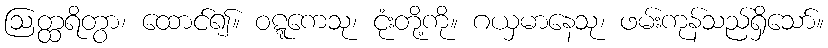
ဩတ္ထရိတွာ၊ ထောင်၍။ ဝဋ္ဋကေသု၊ ငုံးတို့ကို။ ဂယှမာနေသု၊ ဖမ်းကုန်သည်ရှိသော်။